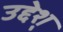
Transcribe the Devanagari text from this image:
उद्देश्